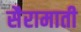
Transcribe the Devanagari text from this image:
सैरामाती